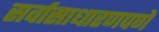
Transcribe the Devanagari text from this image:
सर्वासाधारणपणे